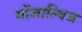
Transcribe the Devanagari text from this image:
गोंजाल्विज